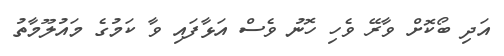
އަދި ބޯކޮށް ވާރޭ ވެހި ހޮނު ވެސް އަޅާފައި ވާ ކަމުގެ މައުލޫމާތު